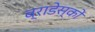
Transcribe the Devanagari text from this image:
ब्राडेस्को